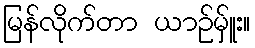
မြန်လိုက်တာ ယာဉ်မ်ှူး။